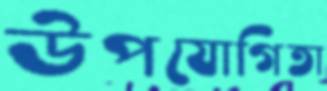
উপযোগিতা